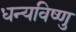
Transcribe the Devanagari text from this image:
धन्यविष्णु